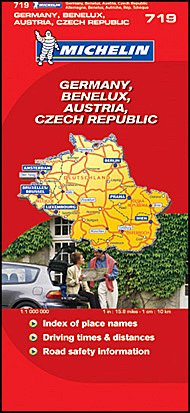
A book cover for Germany, Benelux, Austria, Czech Republic (Red National Maps, 719); Travel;